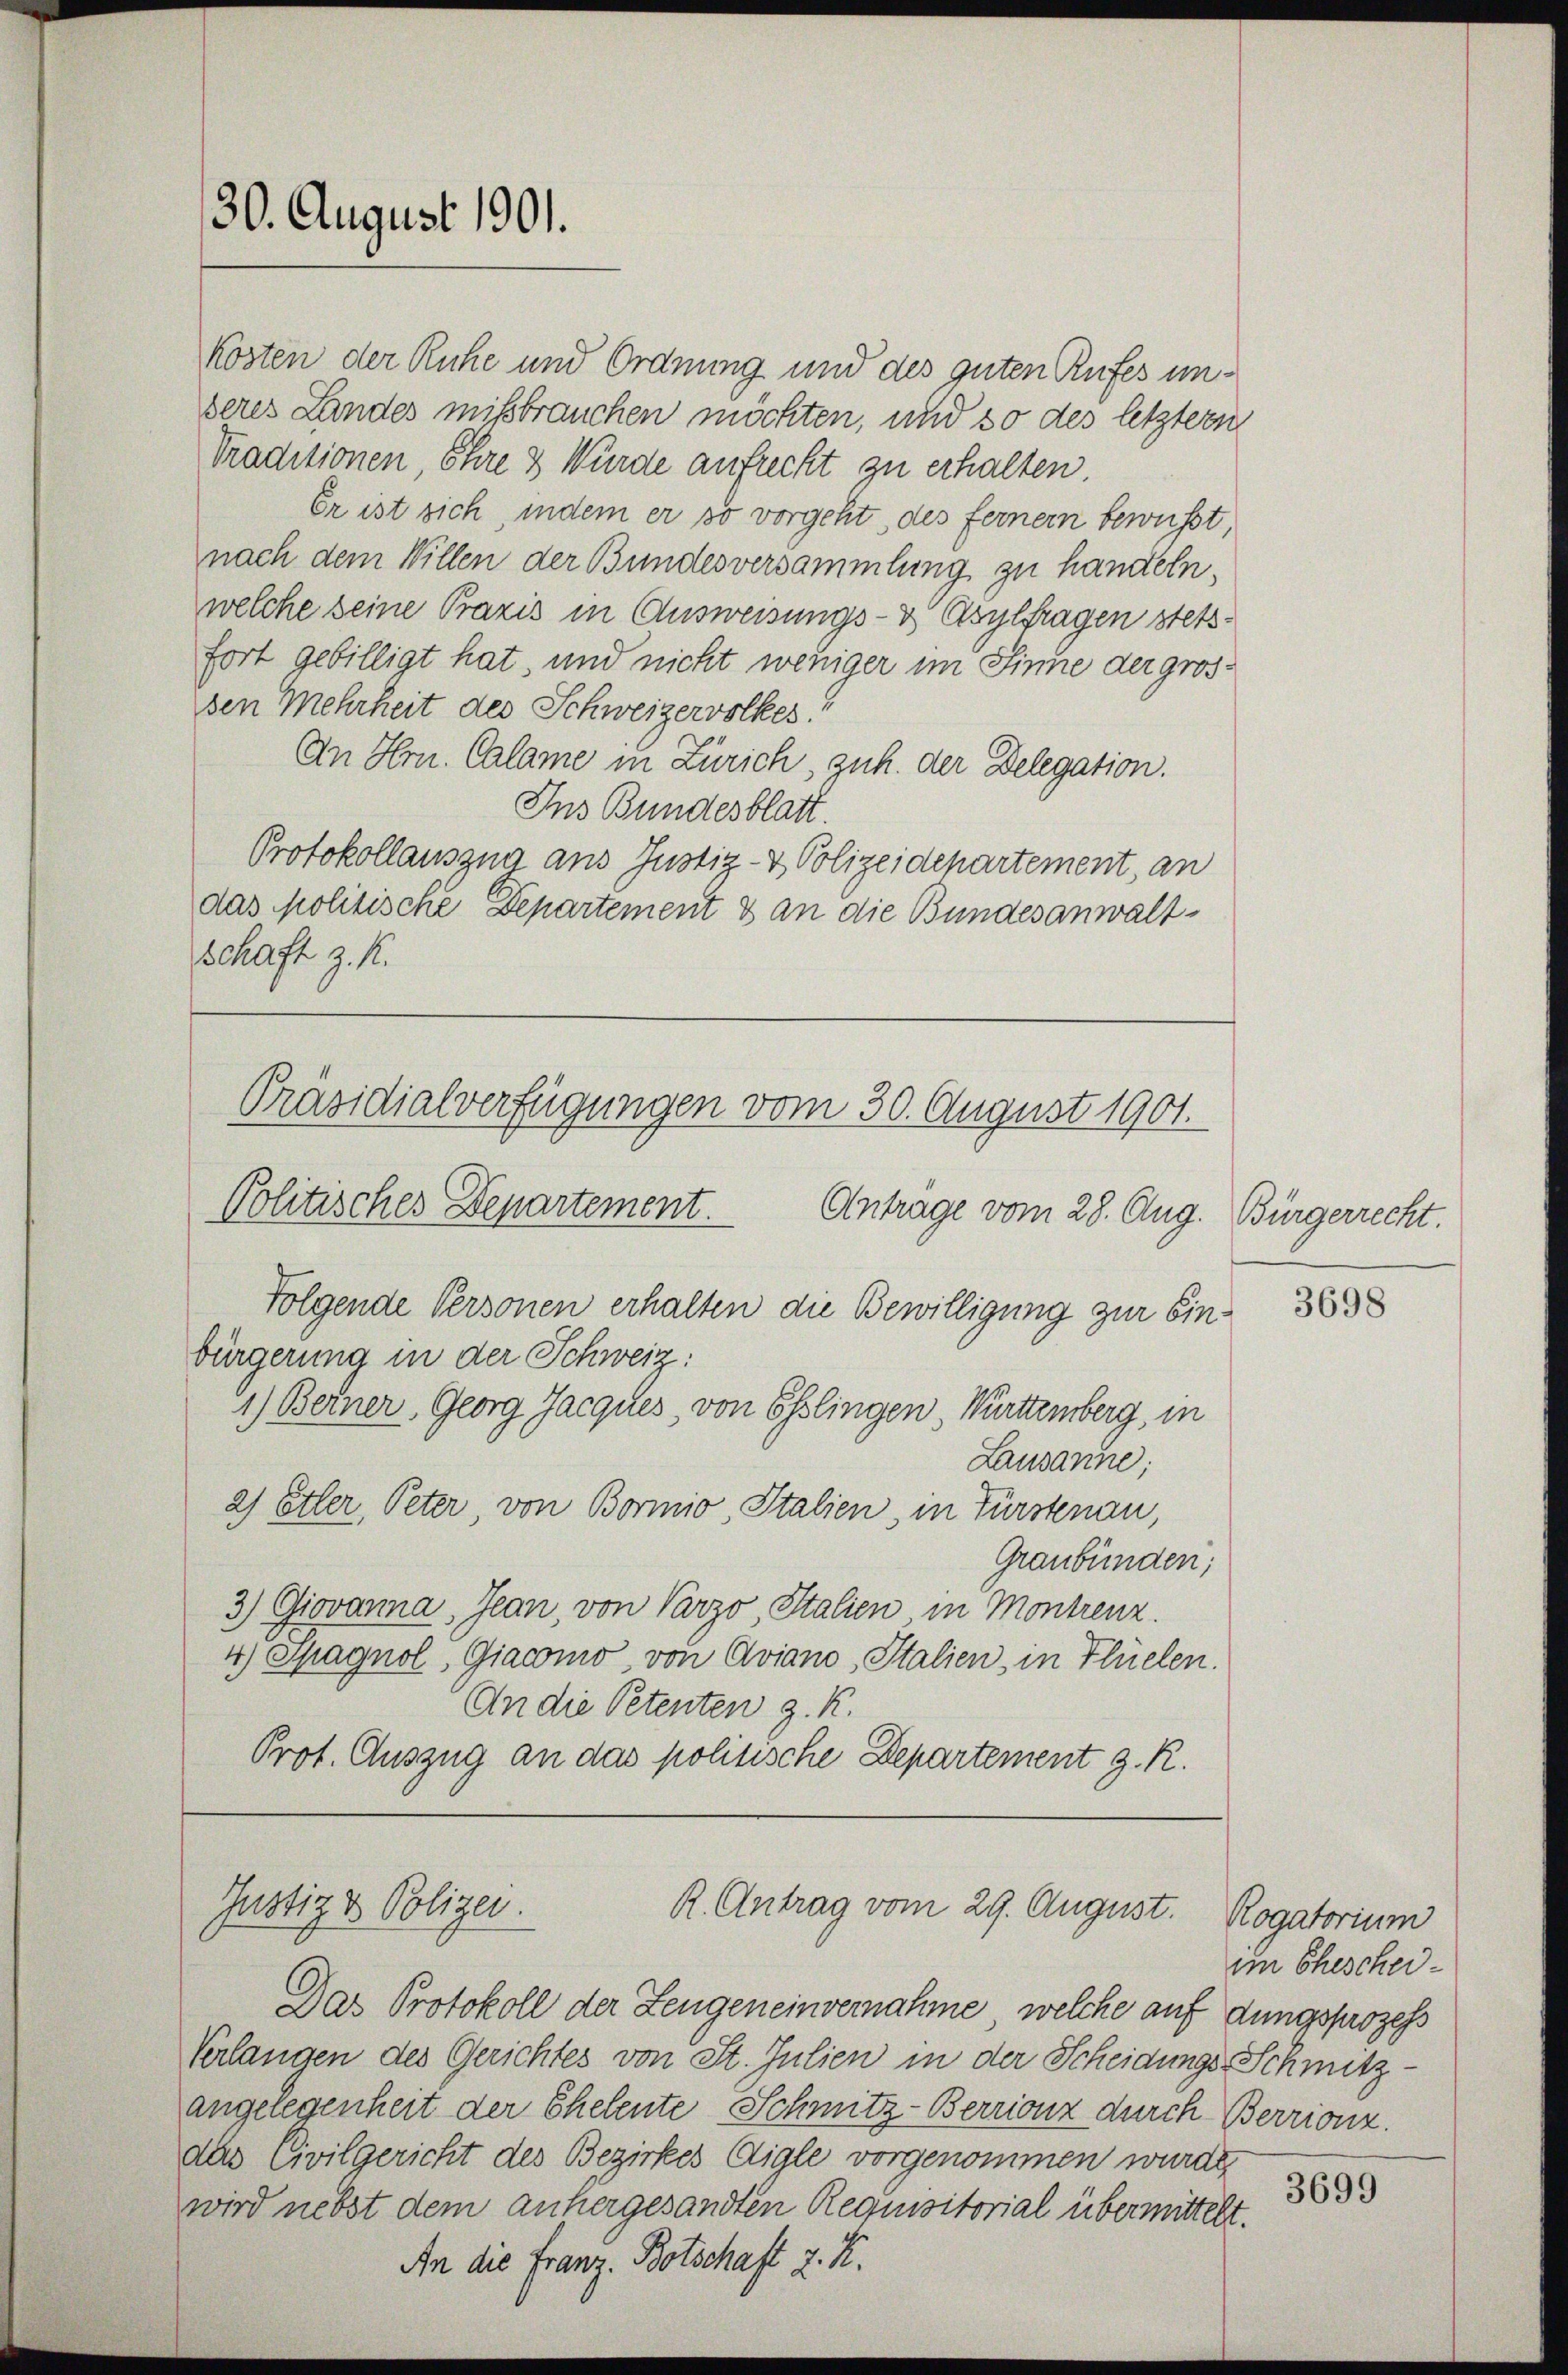
Kosten der Ruhe und Ordnung und des guten Rufes unseres Landes mißbrauchen möchten, und so des letztern
Traditionen, Ehre 3 Würde aufrecht zu erhalten.
Er ist sich, indem er so vorgeht, des fernem bewusst,
nach dem Willen der Bundesversammlung zu handeln,
welche seine Praxis in Ausweisungs- & Asylfragen stetsfort gebilligt hat, und nicht weniger im Sinne der grossen Mehrheit des Schweizervolkes
An Hrn. Calame in Zürich, zuh. der Delegation.
Ins Bundesblatt.
Protokollauszua aus Justiz- & Polizeidepartement, an
das Molitische Departement & an die Bundesanwaltschaft z. K.

30. August 1901.

Präsidialverfügungen vom 30. August 1901.

Politisches Departement. Antrage vom 28. Aug. Bürgerrecht.
Folgende Personen erhalten die Bewilligung zur Einbürgerung in der Schweiz:
1) Berner, Georg Jacques, von Eßlingen, Württemberg, in
Lausanne;
2) Etter, Peter, von Bormio, Italien, in Fürstenau,
Graubünden;
3) Giovanna, Jean, von Varzo, Italien in Montrenz.
4) Spagnol, Giacomo, von Aviano, Italien in Flüelen.
An die Petenten z. K.
Prot. Auszug an das politische Departement g. R.

Justiz & Polizei.
R. Antrag vom 29. August. Rogatorium

Das Protokoll der Zeugeneinvernahme, welche auf dungsprozess
Verlangen des Gerichtes von St. Julien in der Scheidungs-Schmitzangelegenheit der Ehelente Schmitz-Berrienz durch Berrionz.
das Civilgericht des Bezirkes Aigle vorgenommen wurde.
wird nebst dem anhergesandten Requisitorial übermittelt.
An die Franz. Botschaft 2. K.

3698

im Eheschei¬

3699